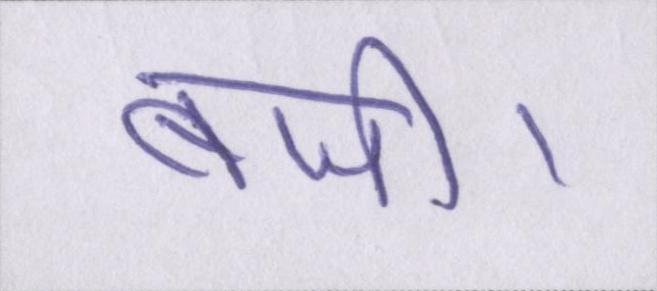
बजी।